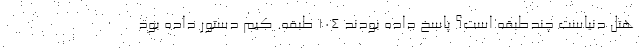
هتل دنیاست چندطبقه است؟ پاسخ داده بودند ۱۰۴ طبقه. کیم دستور داده بود